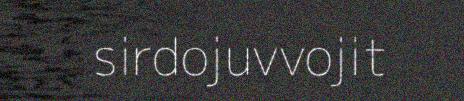
sirdojuvvojit